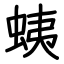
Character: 蛦